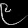
Digit: ၉